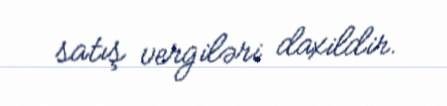
satış vergiləri daxildir.